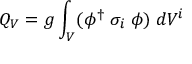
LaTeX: Q _ { V } = g \int _ { V } ( \phi ^ { \dagger } \; \sigma _ { i } \; \phi ) \; d V ^ { i }